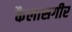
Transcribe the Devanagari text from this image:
कैलासगीर